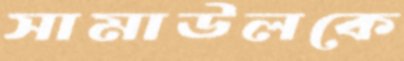
সামাউলকে